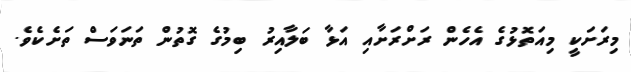
މިރަށަކީ މިއަތޮޅުގެ އެހެން ރަށްރަށާއި އަޅާ ބަލާއިރު ބިމުގެ ގޮތުން ތަނަވަސް ތަށެކެވެ.